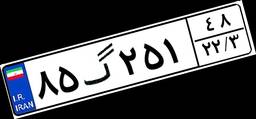
۸۵گ۲۵۱۴۸